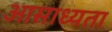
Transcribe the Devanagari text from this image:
आसाध्यता